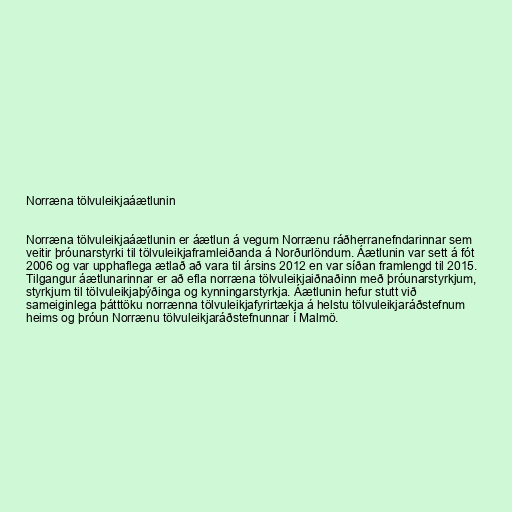
Norræna tölvuleikjaáætlunin

Norræna tölvuleikjaáætlunin er áætlun á vegum Norrænu ráðherranefndarinnar sem
veitir þróunarstyrki til tölvuleikjaframleiðanda á Norðurlöndum. Áætlunin var sett á fót
2006 og var upphaflega ætlað að vara til ársins 2012 en var síðan framlengd til 2015.
Tilgangur áætlunarinnar er að efla norræna tölvuleikjaiðnaðinn með þróunarstyrkjum,
styrkjum til tölvuleikjaþýðinga og kynningarstyrkja. Áætlunin hefur stutt við
sameiginlega þátttöku norrænna tölvuleikjafyrirtækja á helstu tölvuleikjaráðstefnum
heims og þróun Norrænu tölvuleikjaráðstefnunnar í Malmö.